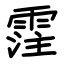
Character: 霔